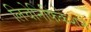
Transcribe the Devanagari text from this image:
लिचेनिफिकेशन